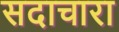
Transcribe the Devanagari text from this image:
सदाचारा